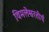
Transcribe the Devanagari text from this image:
विमलेश्वरतीर्थ